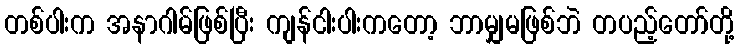
တစ်ပါးက အနာဂါမ်ဖြစ်ပြီး ကျန်ငါးပါးကတော့ ဘာမျှမဖြစ်ဘဲ တပည့်တော်တို့